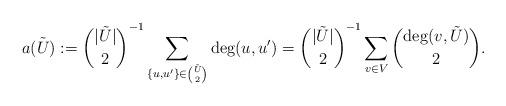
LaTeX: \begin{align*} a(\tilde U):=\binom{|\tilde U|}{2}^{-1} \sum_{\{u,u'\}\in\binom{\tilde U}{2}} \deg(u,u') = \binom{|\tilde U|}{2}^{-1} \sum_{v\in V}\binom{\deg(v,\tilde U)}{2}. \end{align*}